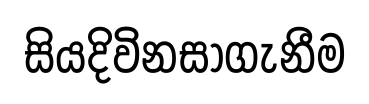
සියදිවිනසාගැනීම